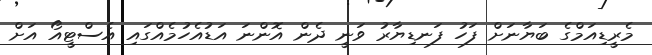
މެރީޑިއަމްގެ ބަޔާނަށް ފަހު ފަނޑިޔާރު ވަނީ ދެން އޮންނަ އަޑުއެހުމެއްގައި އެސްޓީއޯ އަށް